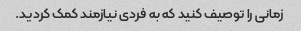
زمانی را توصیف کنید که به فردی نیازمند کمک کردید.